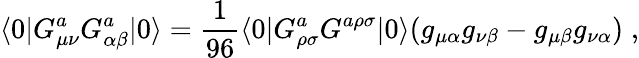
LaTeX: \langle 0|G_{\mu\nu}^{a}G_{\alpha\beta}^{a}|0\rangle={\frac{1}{96}}\langle 0|G_{\rho\sigma}^{a}G^{a\rho\sigma}|0\rangle(g_{\mu\alpha}g_{\nu\beta}-g_{\mu\beta}g_{\nu\alpha})\; ,